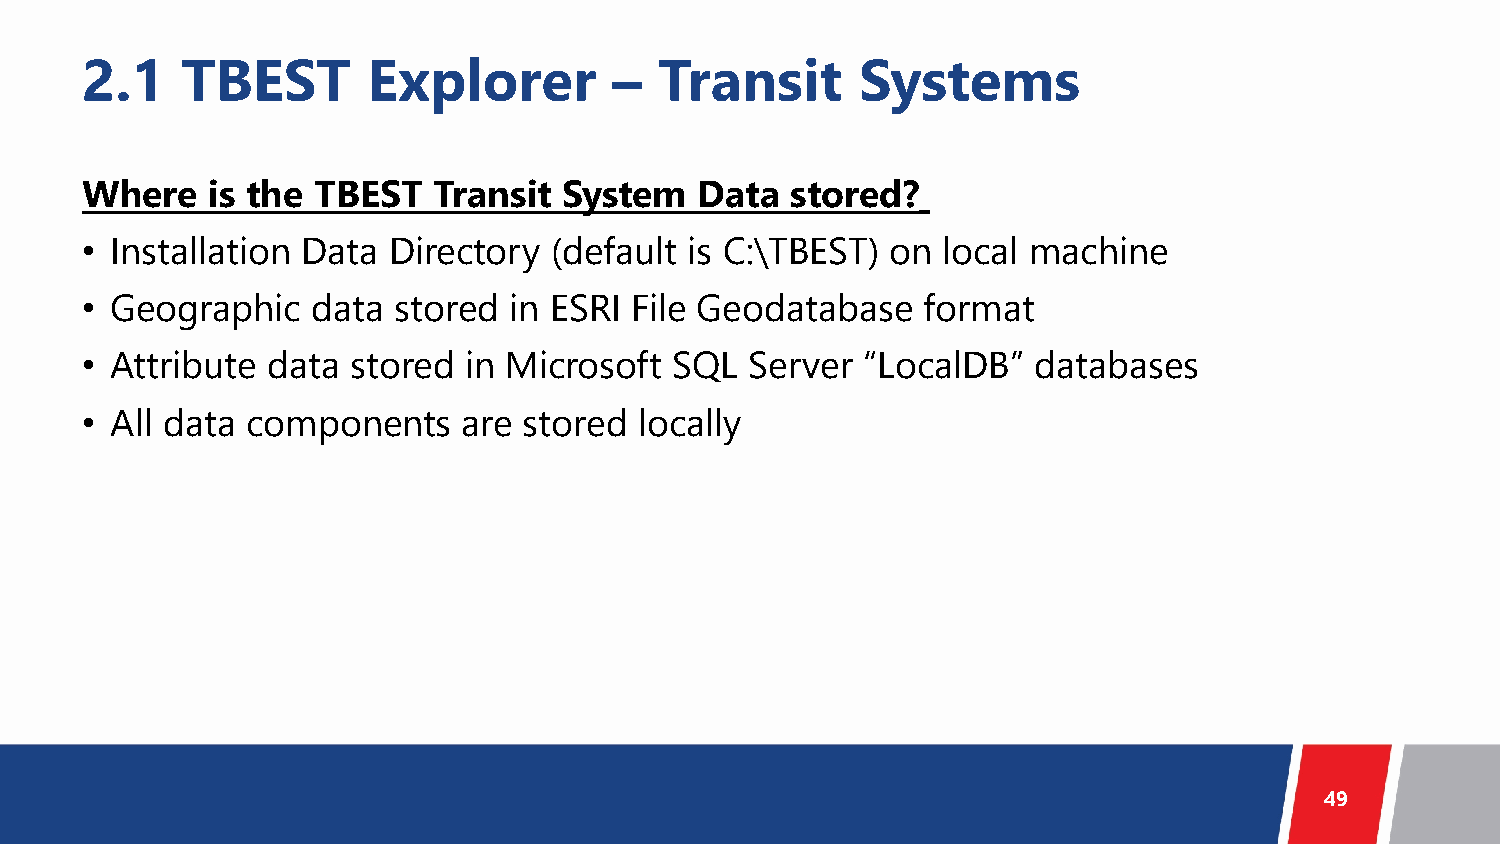
2.1    TBEST       Explorer         –  Transit      Systems
 Where    is the TBEST   Transit System   Data  stored?
 • Installation Data  Directory (default  is C:\TBEST) on local machine
 • Geographic    data stored  in ESRI File Geodatabase   format
 • Attribute  data stored  in Microsoft SQL   Server “LocalDB”  databases
 • All data components     are stored locally
 49